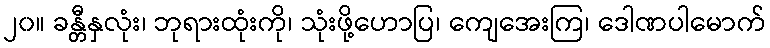
၂၀။ ခန္တီနှလုံး၊ ဘုရားထုံးကို၊ သုံးဖို့ဟောပြ၊ ကျေအေးကြ၊ ဒေါဏပါမောက်